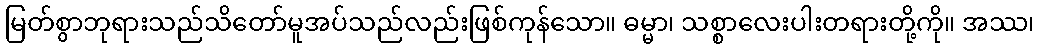
မြတ်စွာဘုရားသည်သိတော်မူအပ်သည်လည်းဖြစ်ကုန်သော။ ဓမ္မာ၊ သစ္စာလေးပါးတရားတို့ကို။ အဿ၊